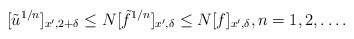
\begin{align*}[\tilde u^{1/n}]_{x',2+\delta}\le N[\tilde f^{1/n}]_{x',\delta}\le N[f]_{x',\delta},n=1,2,\ldots.\end{align*}